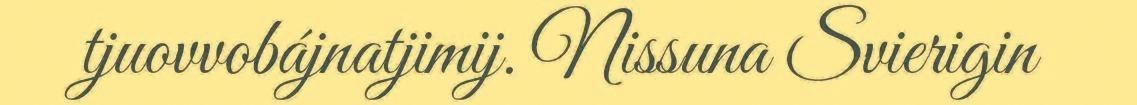
tjuovvobájnatjimij. Nissuna Svierigin